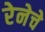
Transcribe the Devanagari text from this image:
रेनेचे